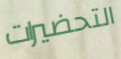
التحضيرات